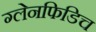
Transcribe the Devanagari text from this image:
ग्लेनफिडिच